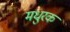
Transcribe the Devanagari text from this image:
मधुरक